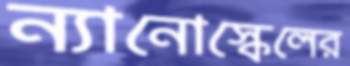
ন্যানোস্কেলের